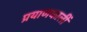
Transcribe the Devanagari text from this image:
प्रयाणकालीं